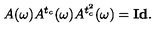
A ( \omega ) A ^ { t _ { c } } ( \omega ) A ^ { t _ { c } ^ { 2 } } ( \omega ) = { \bf I d } .